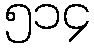
၅၁၄